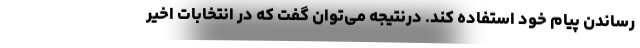
رساندن پیام خود استفاده کند. درنتیجه می‌توان گفت که در انتخابات اخیر